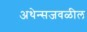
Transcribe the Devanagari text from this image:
अथेन्सजवळील